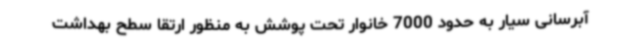
آبرسانی سیار به حدود 7000 خانوار تحت پوشش به منظور ارتقا سطح بهداشت